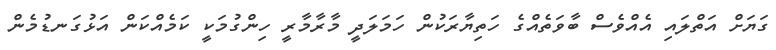
ގަޔަށް އަތްލައި އެއްވެސް ބާވަތެއްގެ ހަތިޔާރަކުން ހަމަލަދީ މާރާމާރީ ހިންގުމަކީ ކަމެއްކަން އަޅުގަނޑުމެން